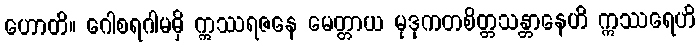
ဟောတိ။ ဂေါစရဂါမမှိ ဣဿရဇနေ မေတ္တာယ မုဒုကတစိတ္တသန္တာနေဟိ ဣဿရေဟိ